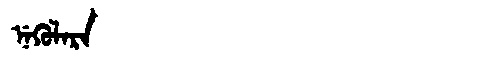
Manchu: ᠨᡝᡴᡠᠯᠠᡵᠠ
Romanization: NEKULARA